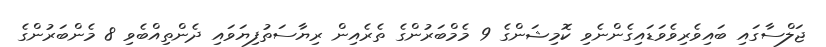
ޖަލްސާގައި ބައިވެރިވެވަޑައިގެންނެވި ކޮމިޝަންގެ 9 މެމްބަރުންގެ ތެރެއިން ރިޔާސަތުފިޔަވައި ދެންތިއްބެވި 8 މެންބަރުންގެ